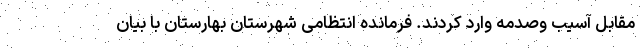
مقابل آسیب وصدمه وارد کردند. فرمانده انتظامی شهرستان بهارستان با بیان